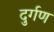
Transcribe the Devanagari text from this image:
दुर्गण